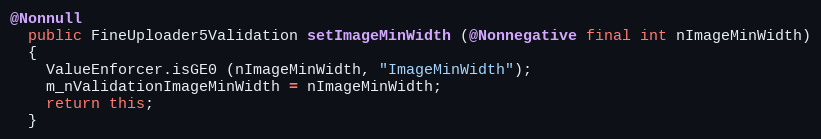
Language: Java
@Nonnull
  public FineUploader5Validation setImageMinWidth (@Nonnegative final int nImageMinWidth)
  {
    ValueEnforcer.isGE0 (nImageMinWidth, "ImageMinWidth");
    m_nValidationImageMinWidth = nImageMinWidth;
    return this;
  }